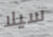
سيلا